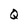
Character: Q